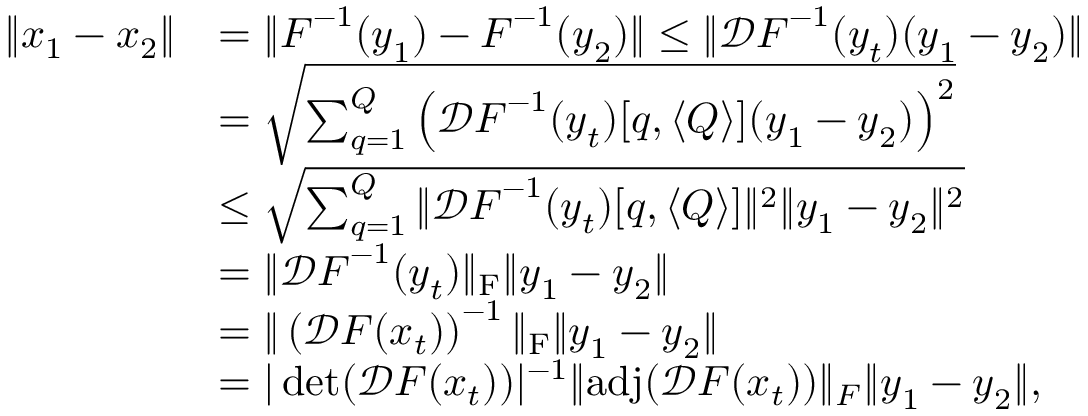
\begin{array} { r l } { \| \boldsymbol { x } _ { 1 } - \boldsymbol { x } _ { 2 } \| } & { = \| \boldsymbol { F } ^ { - 1 } ( \boldsymbol { y } _ { 1 } ) - \boldsymbol { F } ^ { - 1 } ( \boldsymbol { y } _ { 2 } ) \| \le \| \mathcal { D } \boldsymbol { F } ^ { - 1 } ( \boldsymbol { y } _ { t } ) ( \boldsymbol { y } _ { 1 } - \boldsymbol { y } _ { 2 } ) \| } \\ & { = \sqrt { \sum _ { q = 1 } ^ { Q } \left( \mathcal { D } \boldsymbol { F } ^ { - 1 } ( \boldsymbol { y } _ { t } ) [ q , \langle Q \rangle ] ( \boldsymbol { y } _ { 1 } - \boldsymbol { y } _ { 2 } ) \right) ^ { 2 } } } \\ & { \le \sqrt { \sum _ { q = 1 } ^ { Q } \| \mathcal { D } \boldsymbol { F } ^ { - 1 } ( \boldsymbol { y } _ { t } ) [ q , \langle Q \rangle ] \| ^ { 2 } \| \boldsymbol { y } _ { 1 } - \boldsymbol { y } _ { 2 } \| ^ { 2 } } } \\ & { = \| \mathcal { D } \boldsymbol { F } ^ { - 1 } ( \boldsymbol { y } _ { t } ) \| _ { \mathrm { F } } \| \boldsymbol { y } _ { 1 } - \boldsymbol { y } _ { 2 } \| } \\ & { = \| \left( \mathcal { D } \boldsymbol { F } ( \boldsymbol { x } _ { t } ) \right) ^ { - 1 } \| _ { \mathrm { F } } \| \boldsymbol { y } _ { 1 } - \boldsymbol { y } _ { 2 } \| } \\ & { = | \operatorname* { d e t } ( \mathcal { D } \boldsymbol { F } ( \boldsymbol { x } _ { t } ) ) | ^ { - 1 } \| \mathrm { a d j } ( \mathcal { D } \boldsymbol { F } ( \boldsymbol { x } _ { t } ) ) \| _ { F } \| \boldsymbol { y } _ { 1 } - \boldsymbol { y } _ { 2 } \| , } \end{array}